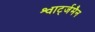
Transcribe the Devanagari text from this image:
श्वार्ट्जमैन